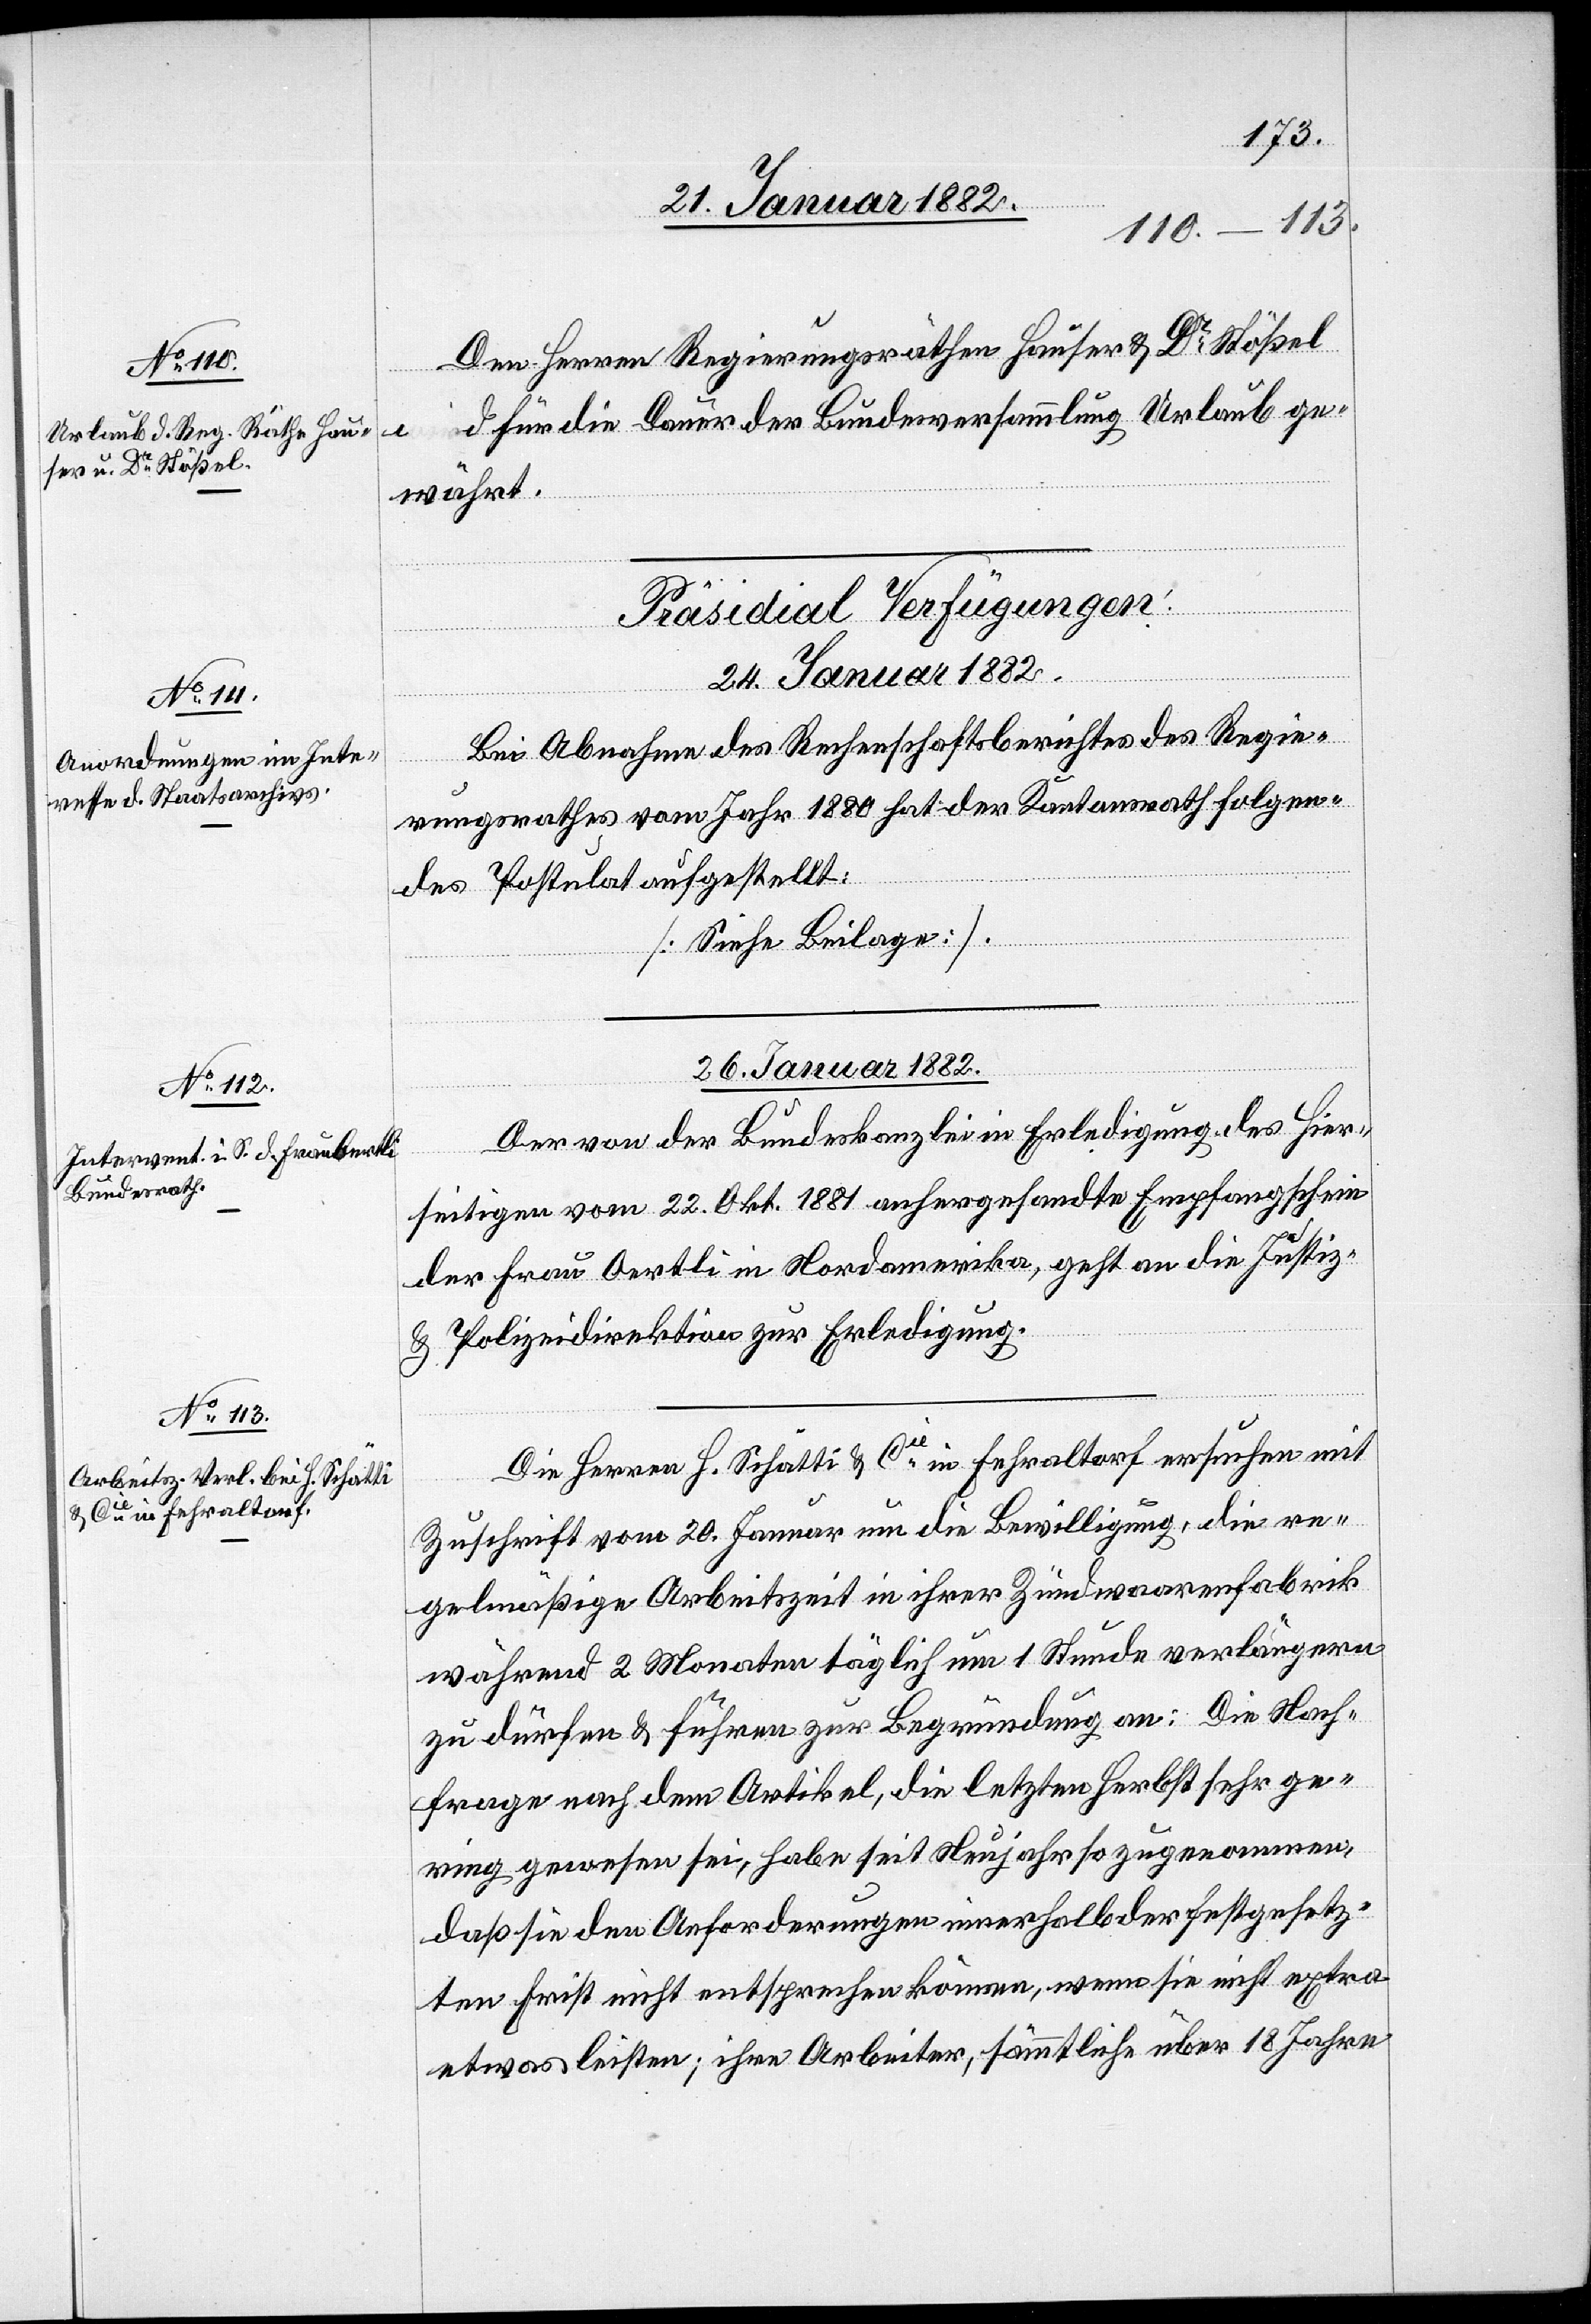
Den Herren Regierungsräthen Hauser & Dr Stößel
für die Dauer der Bundesversammlung Urlaub ge¬
währt.
[Präsidial Verfügungen.
26. Januar 1882.]
Der von der Bundeskanzlei in Erledigung des hier¬
seitigen vom 22. Okt. 1881 anhergesandte Empfangschein
der Frau Oertli in Nordamerika, geht an die Justiz-
& Polizeidirektion zur Erledigung.
Die Herren H. Schätti & Cie in Fehraltorf ersuchen mit
Zuschrift vom 20. Januar um die Bewilligung, die re¬
gelmäßige Arbeitszeit in ihrer Zündwerkfabrik
während 2 Monaten täglich um 1 Stunde verlängern
zu dürfen & führen zur Begründung an: Die Nach¬
frage nach dem Artikel, die letzten Herbst sehr ge¬
ring gewesen sei, habe seit Neujahr so zugenommen,
daß sie den Anforderungen innerhalb der festgesetz¬
ten Frist nicht entsprechen können, wenn sie nicht extra
etwas leisten; alle Arbeiter, sämmtlich über 18 Jahre